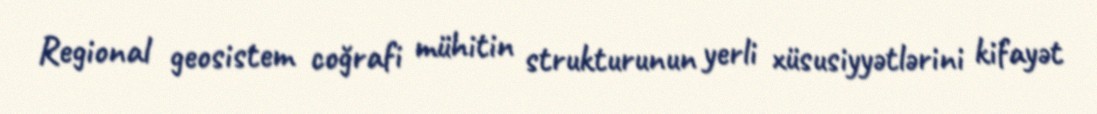
Regional geosistem coğrafi mühitin strukturunun yerli xüsusiyyətlərini kifayət